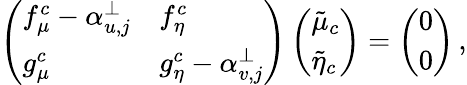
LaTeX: \left(\begin{array}{ll}{f_{\mu}^{c}-\alpha_{u,j}^{\perp}}&{f_{\eta}^{c}}\\ {g_{\mu}^{c}}&{g_{\eta}^{c}-\alpha_{v,j}^{\perp}}\end{array}\right)\left(\begin{array}{l}{\tilde{\mu}_{c}}\\ {\tilde{\eta}_{c}}\end{array}\right)=\left(\begin{array}{l}{0}\\ {0}\end{array}\right)\, ,